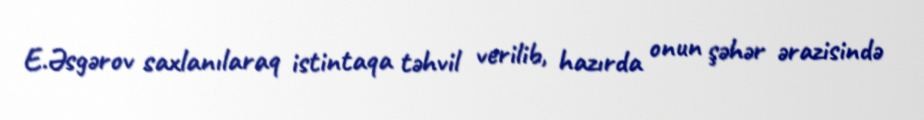
E.Əsgərov saxlanılaraq istintaqa təhvil verilib, hazırda onun şəhər ərazisində